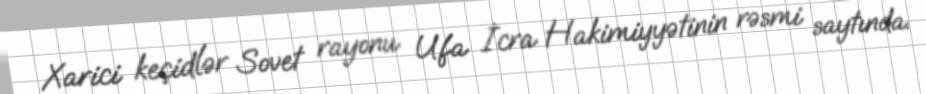
Xarici keçidlər Sovet rayonu Ufa İcra Hakimiyyətinin rəsmi saytında.